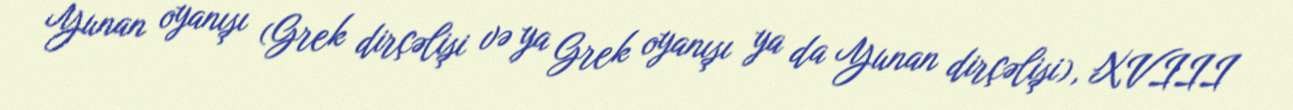
Yunan oyanışı (Grek dirçəlişi və ya Grek oyanışı ya da Yunan dirçəlişi), XVIII